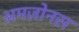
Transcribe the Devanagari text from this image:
अमज़ोनस